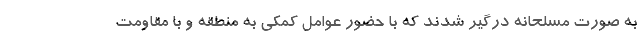
به صورت مسلحانه درگیر شدند که با حضور عوامل کمکی به منطقه و با مقاومت